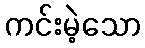
ကင်းမဲ့သော